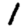
Digit: 1